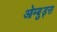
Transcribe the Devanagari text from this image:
ओम्बुड्स